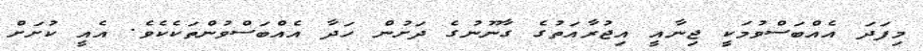
މިފަދަ އެއްބަސްވުމަކީ ޖިނާއީ އިޖުރާއަތުގެ ގާނޫނުގެ ދަށުން ހަދާ އެއްބަސްވުންތަކެކެވެ. އެއީ ކުށަށް